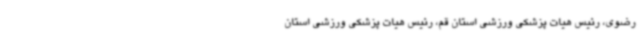
رضوی، رئیس هیات پزشکی ورزشی استان قم، رئیس هیات پزشکی ورزشی استان